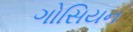
ગોસિયન